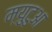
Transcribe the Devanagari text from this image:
म्युटुआ